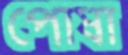
পোষা